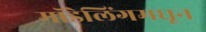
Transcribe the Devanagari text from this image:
मॉडेलिंगमधून